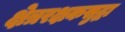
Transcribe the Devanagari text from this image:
क्षेत्ररक्षकसुद्धा